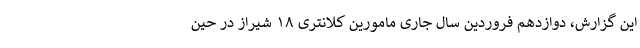
این گزارش، دوازدهم فروردین سال جاری مامورین کلانتری ۱۸ شیراز در حین